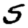
Digit: 5